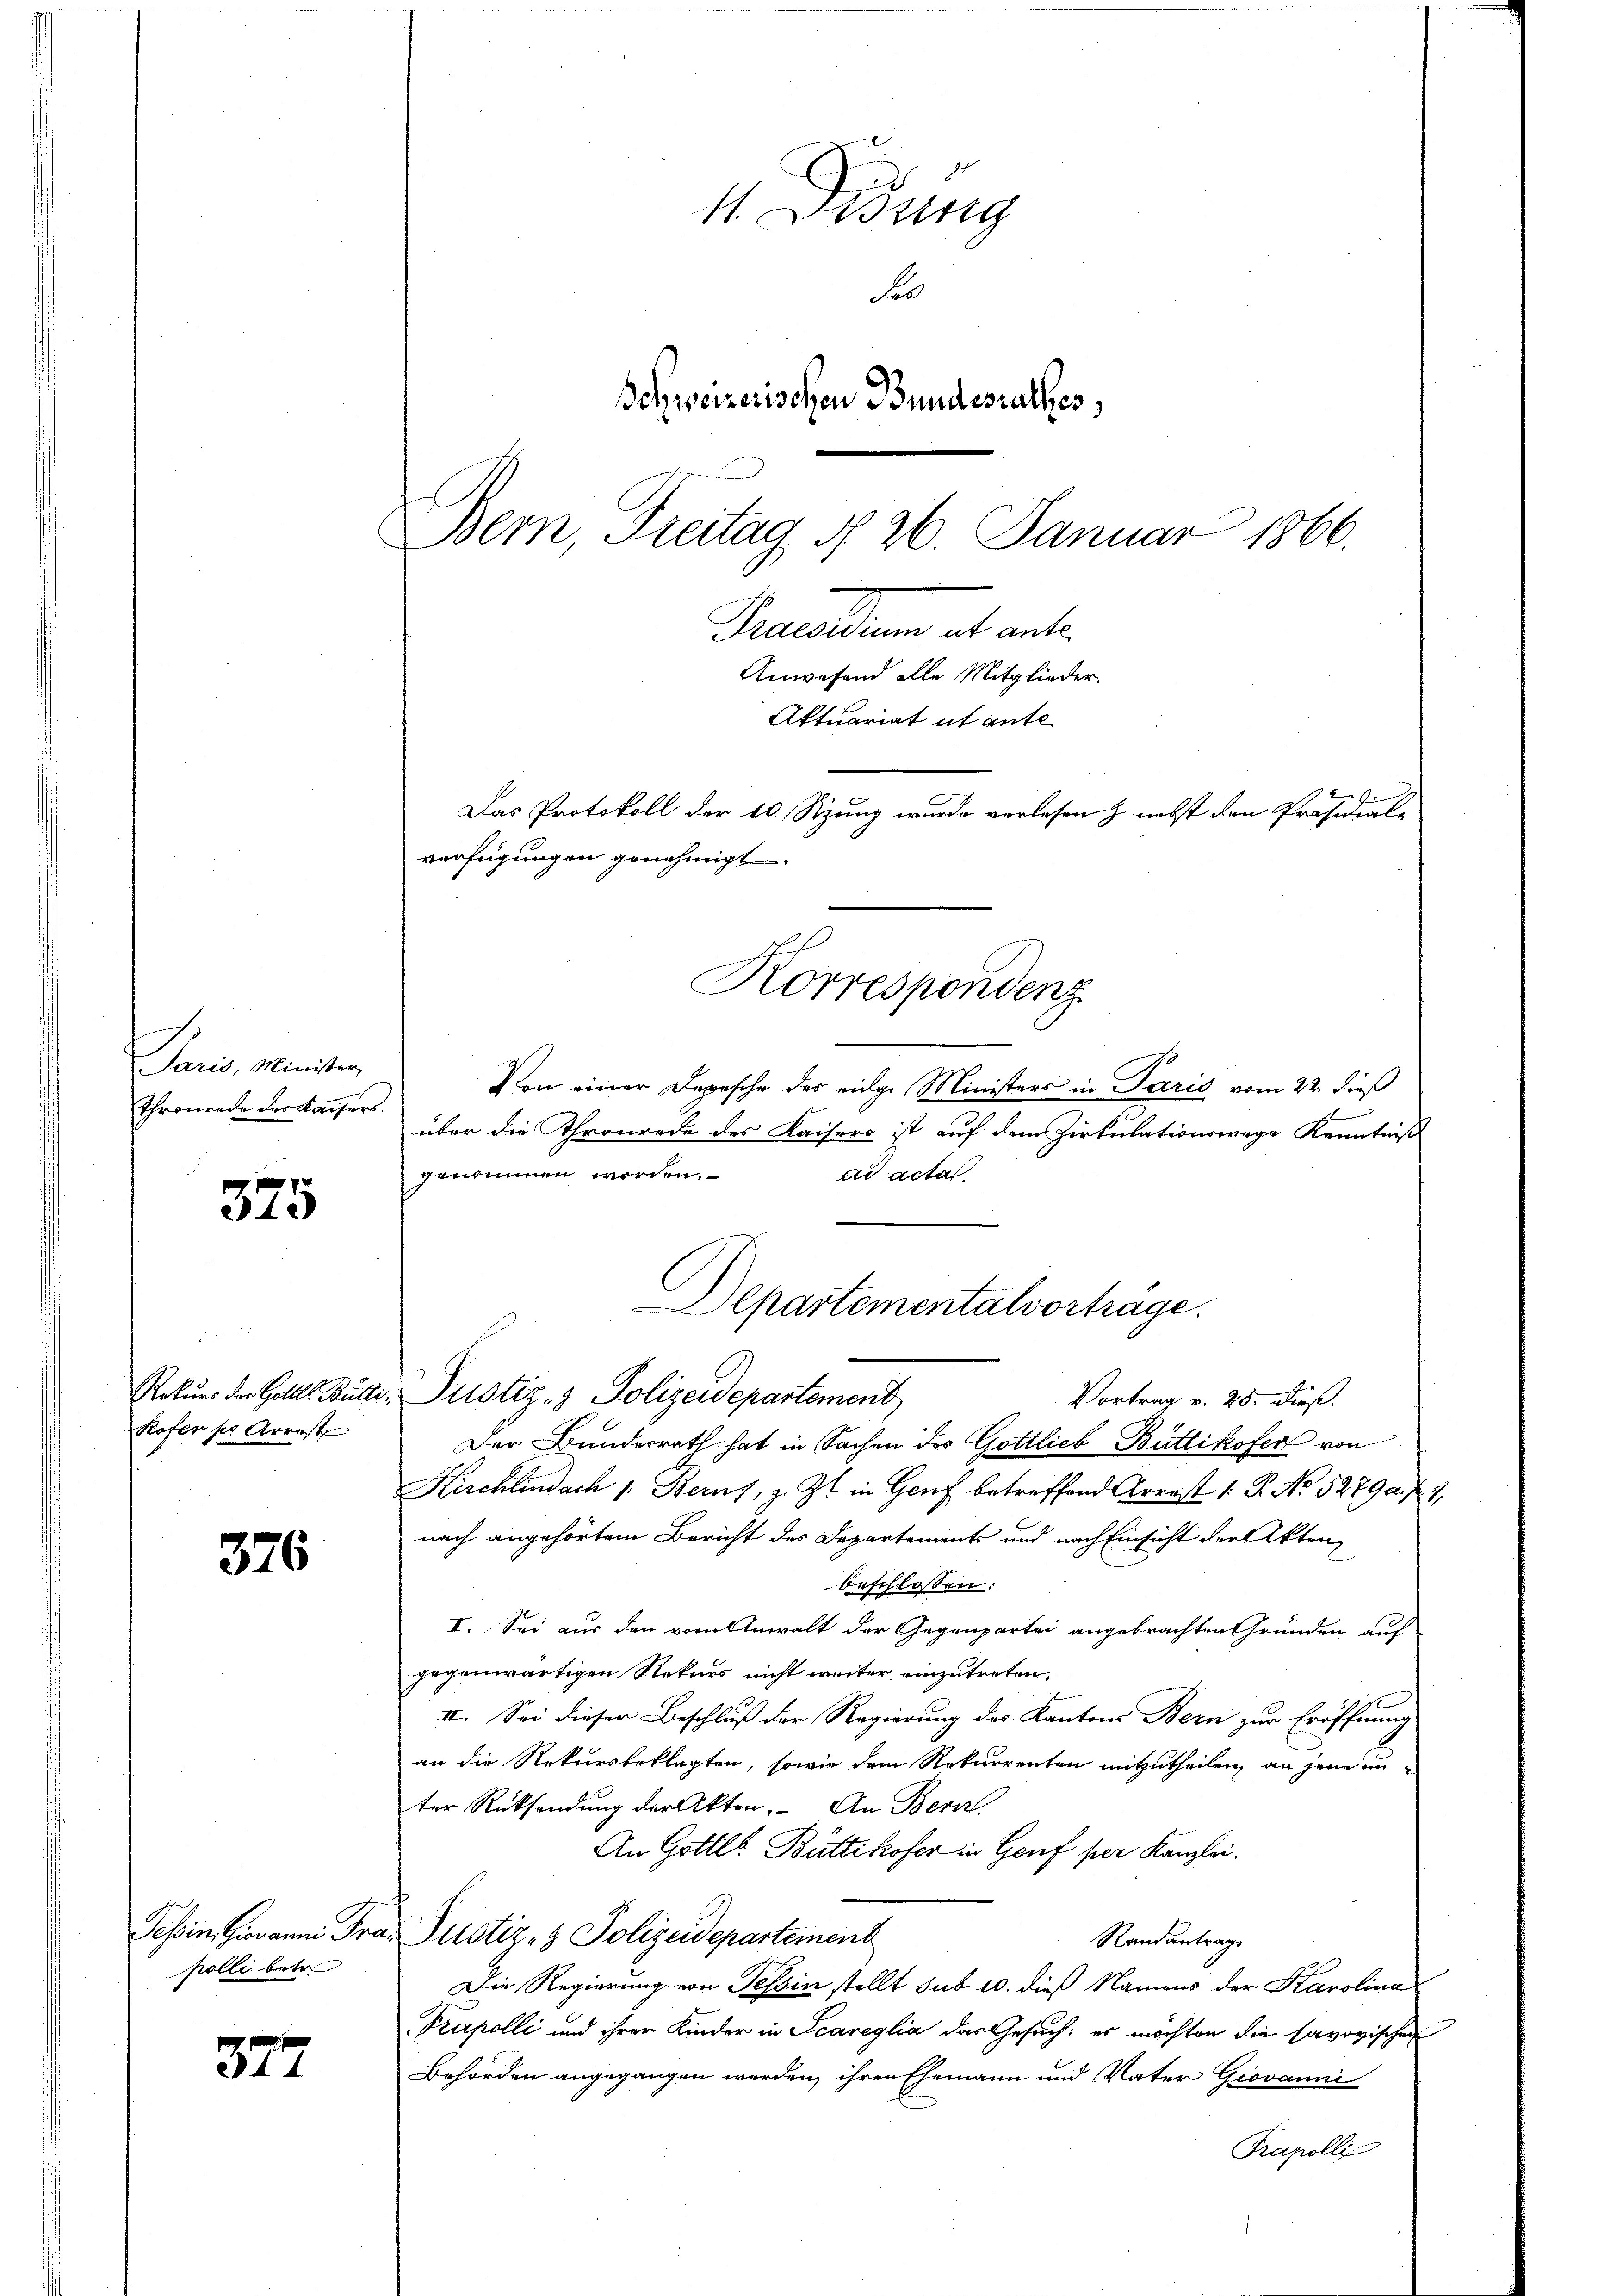
.
Paris, Minister,
Thronrade der Kaisers.

375

Kofer sr. Arrest

376

polli betr.

377

11. Dessing
Ses
Schweizerischen Bundesrathes,
Bern, Freitag d. 26. Januar 1866.
Seelen et ent
Anwesend alle Mitglieder.
Aktuariat it gute
Das Protokoll der 10. Sitzung wurde verlesen & nebst den Präsidial-
verfügungen genehmigt.

n
Korrespondenz

Departementalvortrage.

Von einer Depesche des eidge Ministers in Paris vom 22. dieß
über die Thronrede des Kaisers ist auf dem Zirkulationswege Kenntniß
genommen worden.
ad acta
Rekurs der Goll Butti- Justiz- & Polizeidepartement
Vortrag v. 25. dieß.
Der Bundesrath hat in Sachen des Gottlieb Büttikofer von
Kirchlindach 1. Berns, z. Zt. in Genf betreffend Arrest 1. P. No 52792 f. 7,
nach angehörtem Bericht des Departements und nach Einsicht der Akten
beschlossen:
I. Sei aus den vom Anwalt der Gegenpartei angebrachten Gründen auf
gegenwärtigen Rekurs nicht weiter einzutreten,
II. Sei dieser Beschluß der Regierung des Kantons Bern zur Eröffnung
an die Rekursbeklagten, sowie dem Rekurrenten mitzutheilen, an jene in-
ter Rücksendung der Akten. An Bern
An Gottl. Büttikofer in Genf per Kanzlei.
Tessin, Giovann Frau Justiz- & Polizeidepartement
Randantrag
Die Regierung von Tessin stellt sub 10. dieß Namens der Karolina
Präpolli und ihrer Kinder in Scareglia das Gesuch: es möchten die savoyischen
Behörden angegangen werden, ihren Ehemann und Vater Giovanni
Frapolli